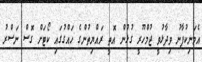
އެމަނިކުފާނު ވިދާޅުވީ ޖުމްހޫރީ ގުޅުން އޮތީ ރައްޔިތުންގެ ހައްގުގައި ކޯޓަށް ގޮސް ނަސްރު